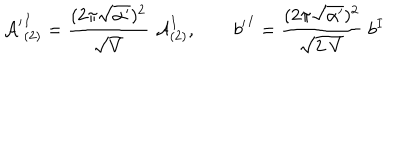
{ { \cal A } ^ { \prime } } _ { ( 2 ) } ^ { I } = \frac { ( 2 \pi \sqrt { \alpha ^ { \prime } } ) ^ { 2 } } { \sqrt { V } } \; { \cal A } _ { ( 2 ) } ^ { I } , \qquad { b ^ { \prime } } ^ { I } = \frac { ( 2 \pi \sqrt { \alpha ^ { \prime } } ) ^ { 2 } } { \sqrt { 2 \; V } } \; { b } ^ { I }